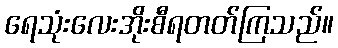
ရေသုံးလေးအိုးစီရတတ်ကြသည်။